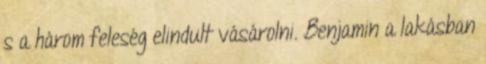
s a három feleség elindult vásárolni. Benjamin a lakásban